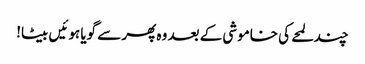
چند لمحے کی خاموشی کے بعد وہ پھر سے گویا ہوئیں بیٹا!